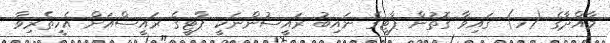
މާއްދާގެ (ހ) ގައިވާ ގޮތުން ޕާޓީގެ ނައިބު ރައީސުންނަކީ ޕާޓީގެ ރައީސްއަށް އެހީތެރިވާ